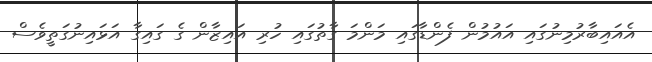
އެއައިބާރުމިނުގައި އައުމުން ފެންޑާގައި މަންމަ ގާތުގައި ހުރި އައިޒާން ގެ ގައިގާ އަޅައިނުގަތީވެސް